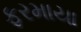
ફરમાયા